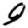
Digit: 9